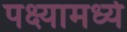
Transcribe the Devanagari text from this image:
पक्ष्यामध्ये